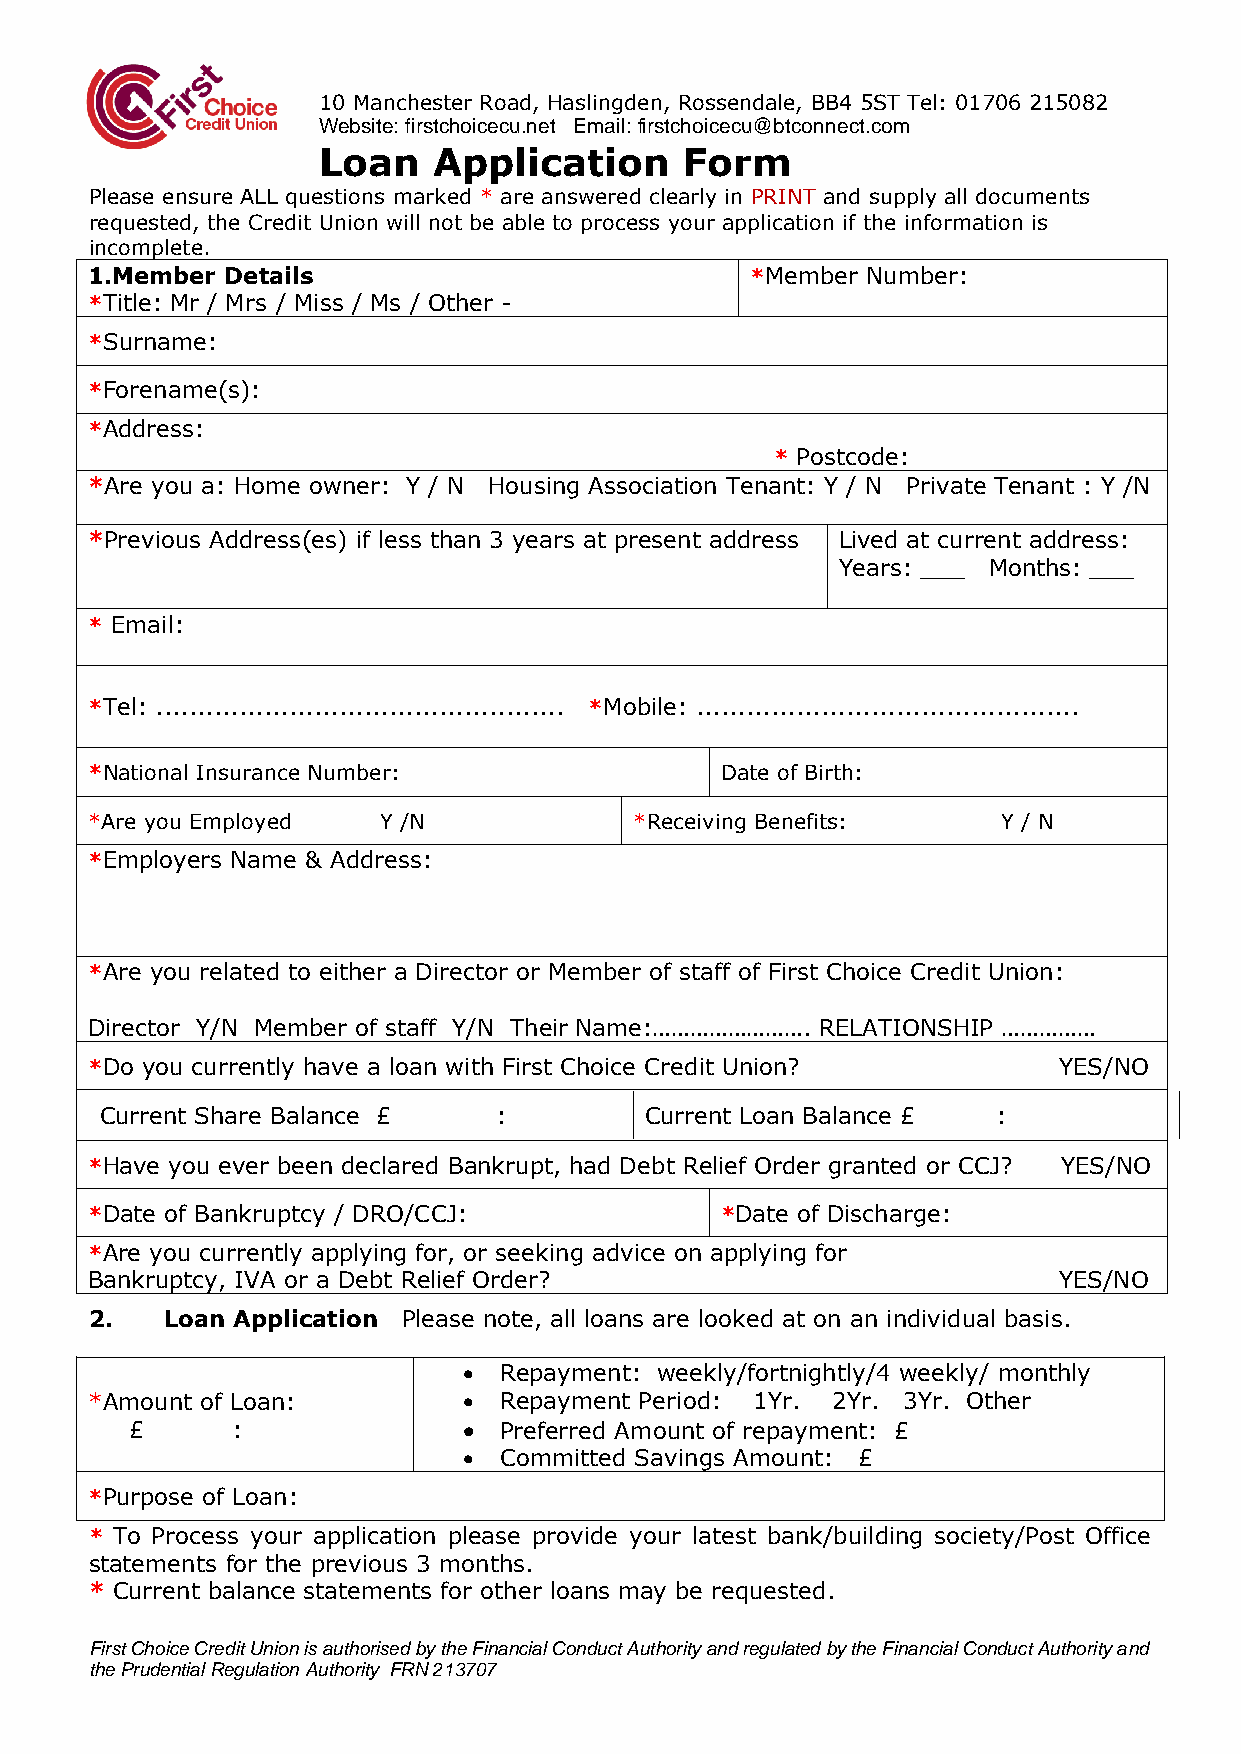
10 Manchester Road, Haslingden, Rossendale, BB4 5ST Tel: 01706 215082
 Website: firstchoicecu.net Email: firstchoicecu@btconnect.com
 Loan    Application     Form
 Please ensure ALL questions marked * are answered clearly in PRINT and supply all documents
 requested, the Credit Union will not be able to process your application if the information is
 incomplete.
 1.Member Details                            *Member Number:
 *Title: Mr / Mrs / Miss / Ms / Other -
 *Surname:
 *Forename(s):
 *Address:
 * Postcode:
 *Are you a: Home owner: Y / N Housing Association Tenant: Y / N Private Tenant : Y /N
 *Previous Address(es) if less than 3 years at present address Lived at current address:
 Years: ___ Months: ___
 * Email:
 *Tel: ................................................. *Mobile: ..............................................
 *National Insurance Number:               Date of Birth:
 *Are you Employed  Y /N             *Receiving Benefits:    Y / N
 *Employers Name & Address:
 *Are you related to either a Director or Member of staff of First Choice Credit Union:
 Director Y/N Member of staff Y/N Their Name:……………………. RELATIONSHIP ……………
 *Do you currently have a loan with First Choice Credit Union?   YES/NO
 Current Share Balance £   :         Current Loan Balance £ :
 *Have you ever been declared Bankrupt, had Debt Relief Order granted or CCJ? YES/NO
 *Date of Bankruptcy / DRO/CCJ:            *Date of Discharge:
 *Are you currently applying for, or seeking advice on applying for
 Bankruptcy, IVA or a Debt Relief Order?                         YES/NO
 2.   Loan Application Please note, all loans are looked at on an individual basis.
 • Repayment: weekly/fortnightly/4 weekly/ monthly
 *Amount of Loan:         • Repayment Period: 1Yr. 2Yr. 3Yr. Other
 £     :               • Preferred Amount of repayment: £
 • Committed Savings Amount: £
 *Purpose of Loan:
 * To Process your application please provide your latest bank/building society/Post Office
 statements for the previous 3 months.
 * Current balance statements for other loans may be requested.
 First Choice Credit Union is authorised by the Financial Conduct Authority and regulated by the Financial Conduct Authority and
 the Prudential Regulation Authority FRN 213707